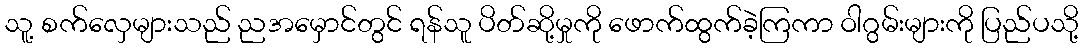
သူ့ စက်လှေများသည် ညအမှောင်တွင် ရန်သူ ပိတ်ဆို့မှုကို ဖောက်ထွက်ခဲ့ကြကာ ဝါဂွမ်းများကို ပြည်ပသို့